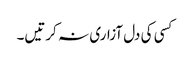
کسی کی دل آزاری نہ کرتیں۔